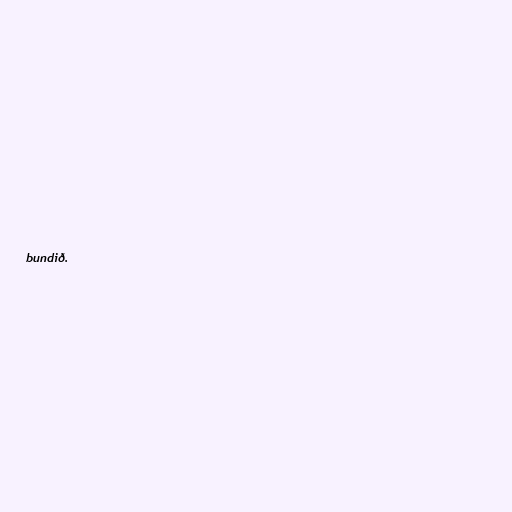
bundið.